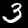
Digit: 3